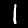
Label: 1